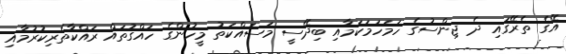
އޭގެ ތެރޭގައި ދެ ޖިންސުގެ ހަމަހަމަކަމާއި ބިދޭސީ މަސައްކަތު މީހުންގެ ހައްގުތައް ރައްކާތެރިކުރުމާއި